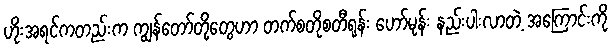
ဟိုးအရင်ကတည်းက ကျွန်တော်တို့တွေဟာ တက်စတိုစတီရုန်း ဟော်မုန်း နည်းပါးလာတဲ့ အကြောင်းကို